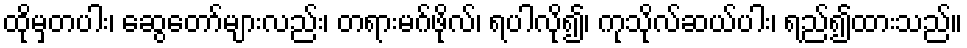
ထိုမှတပါး၊ ဆွေတော်များလည်း၊ တရားမဂ်ဖိုလ်၊ ရပါလို၍၊ ကုသိုလ်ဆယ်ပါး၊ ရည်၍ထားသည်။